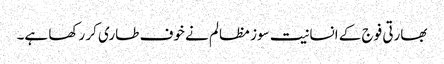
بھارتی فوج کے انسانیت سوز مظالم نے خوف طاری کر رکھا ہے۔